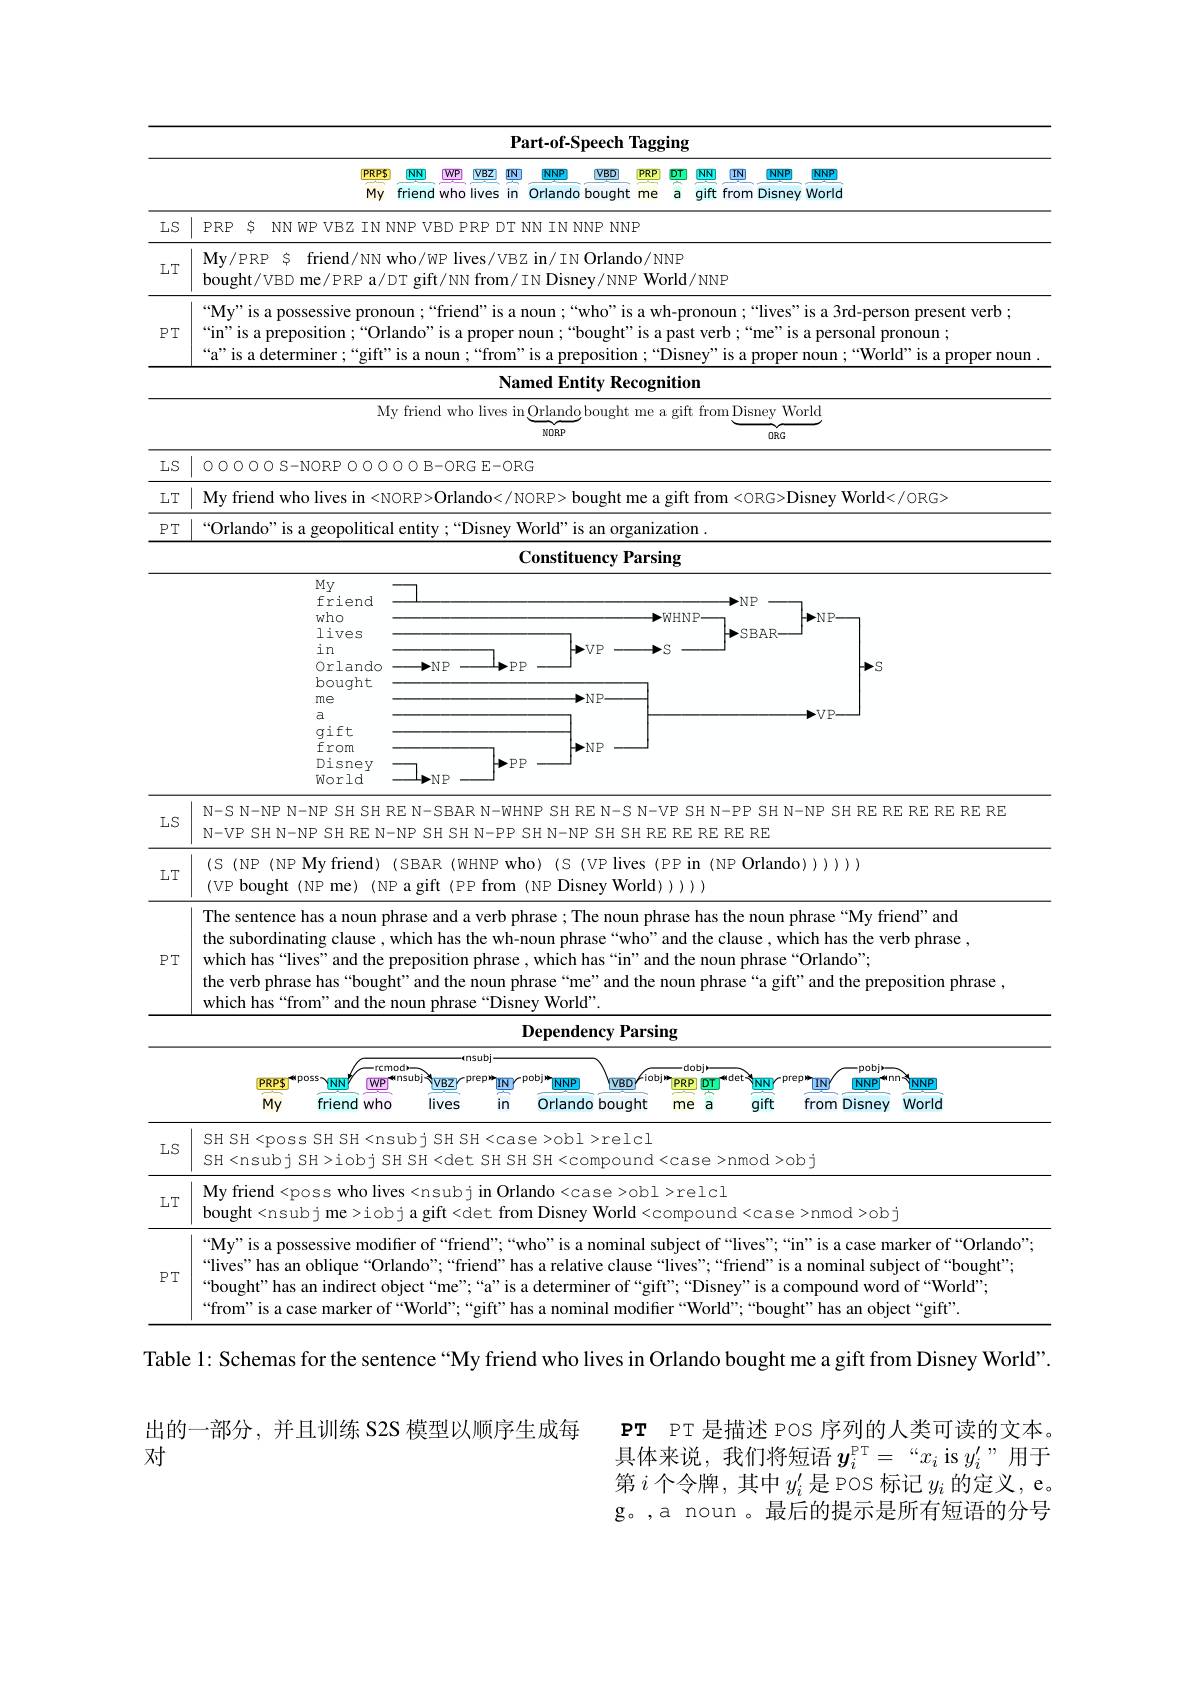
<FigureHere>

Table 1: Schemas for the sentence “My friend who lives in Orlando bought me a gift from Disney World".

出的一部分，并且训练 S2S 模型以顺序生成每
对

$\mathbf{PT}$ PT 是描述 POS 序列的人类可读的文本。具体来说，我们将短语$\boldsymbol{y}_i^\mathrm{PT}=$“$x_i$ is $y_i^{\prime}$”用于第$i$个令牌，其中$y_i^\prime$是 POS 标记$y_i$的定义，e。g。,a noun 。最后的提示是所有短语的分号